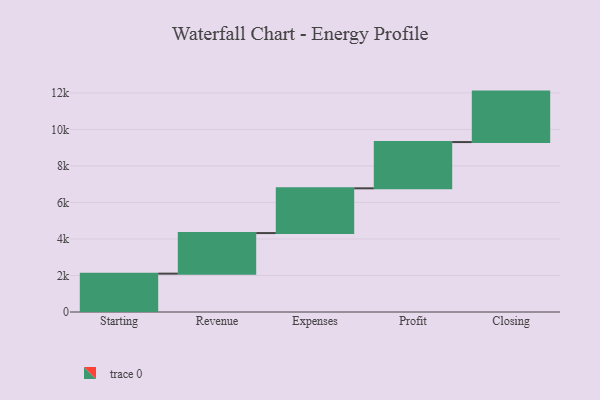
{"axis": {"x": "Step", "y": "Value"}, "legend": [""], "data": [{"x": "Starting", "y": 2101.0, "type": ""}, {"x": "Revenue", "y": 2222.0, "type": ""}, {"x": "Expenses", "y": 2451.0, "type": ""}, {"x": "Profit", "y": 2533.0, "type": ""}, {"x": "Closing", "y": 2764.0, "type": ""}]}